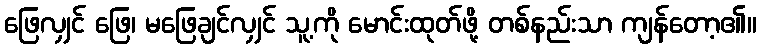
ဖြေလျှင် ဖြေ၊ မဖြေချင်လျှင် သူ့ကို မောင်းထုတ်ဖို့ တစ်နည်းသာ ကျန်တော့၏။